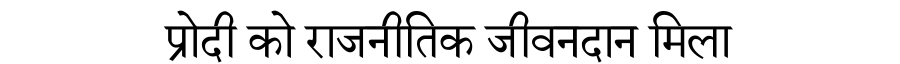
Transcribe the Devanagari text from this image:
प्रोदी को राजनीतिक जीवनदान मिला